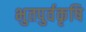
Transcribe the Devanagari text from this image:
भुतपुर्वकृषि